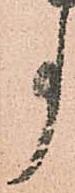
事